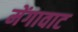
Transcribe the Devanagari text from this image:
मेंगावाट